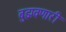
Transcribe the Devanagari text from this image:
बुझवणारी